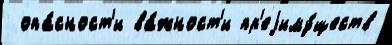
 опа́сност'и ва́жност'и пр'еjиму́ществ